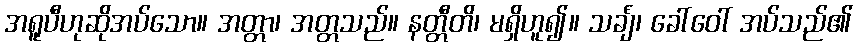
အရူပီဟုဆိုအပ်သော။ အတ္တာ၊ အတ္တသည်။ နတ္တီတိ၊ မရှိဟူ၍။ သင်္ချံ၊ ခေါ်ဝေါ် အပ်သည်၏